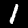
Label: 1